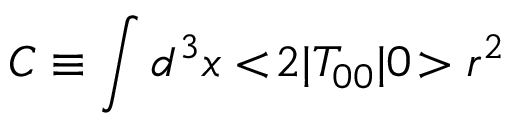
C \equiv \int d ^ { 3 } x < \! 2 | T _ { 0 0 } | 0 \! > r ^ { 2 }